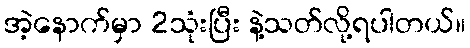
အဲ့နောက်မှာ 2သုံးပြီး နဲ့သတ်လို့ရပါတယ်။